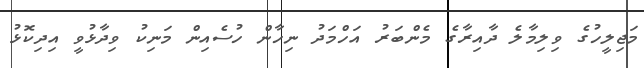
މަޖިލީހުގެ ވިލިމާލެ ދާއިރާގެ މެންބަރު އަހްމަދު ނިހާން ހުސެއިން މަނިކު ވިދާޅުވީ އިދިކޮޅު